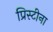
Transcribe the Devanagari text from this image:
प्रिस्टीना